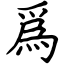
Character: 爲